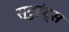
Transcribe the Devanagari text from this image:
स्टुडंट्‍स